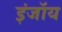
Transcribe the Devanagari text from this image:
इंजॉय